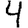
Digit: 4